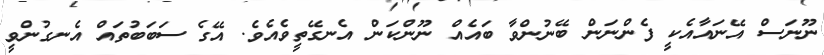
ނޫނަސް އޭނައާއެކީ ފެންނަން ބޭނުންވާ ބައެއް ނޫންކަން އެނގޭތީވެއެވެ. އޭގެ ސަބަބުތައް އެނގުންވީ